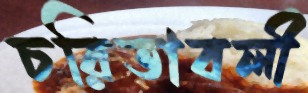
চরিতাবলী